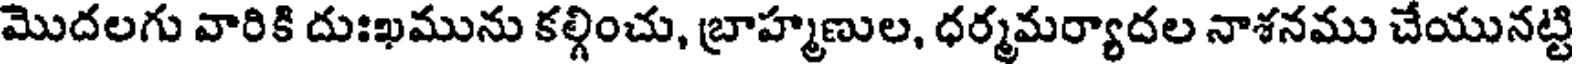
మొదలగు వారికి దుఃఖమును కల్గించు, బ్రాహ్మణుల, ధర్మమర్యాదల నాశనము చేయునట్టి